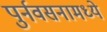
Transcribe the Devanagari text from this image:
पुर्नवसनामध्ये